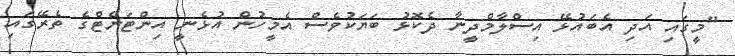
"މީގައި އަދި އެބައުޅޭ އިސްލާމްދީނާ ދެކޮޅު ބަޔަކުވެސް އެމީހުން އުޅެނީ އިންޓަނެޓްގެ ތެރޭގައި